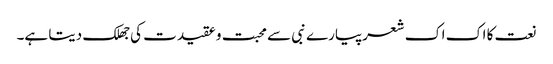
نعت کا اک اک شعرپیارے نبی سے محبت و عقیدت کی جھلک دیتا ہے۔